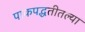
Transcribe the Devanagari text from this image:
पाकपद्धतीतल्या